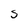
Character: S